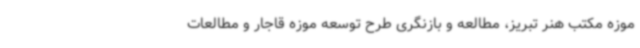
موزه مکتب هنر تبریز، مطالعه و بازنگری طرح توسعه موزه قاجار و مطالعات